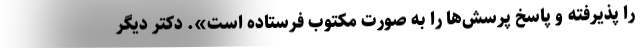
را پذیرفته و پاسخ پرسش‌ها را به صورت مکتوب فرستاده است». دکتر دیگر